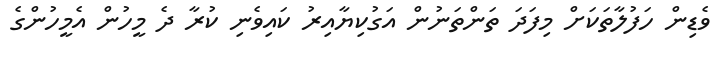
ވެޑިން ހަފުލާތަކަށް މިފަދަ ތަންތަނުން އަގުކިޔާއިރު ކައިވެނި ކުރާ ދެ މީހުން އެމީހުންގެ